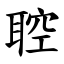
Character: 聜